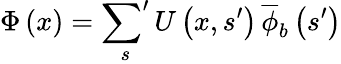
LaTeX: \begin{array}{r}{\Phi\left(x\right)=\displaystyle\sideset{}{'}\sum_{s}U\left(x,s^{\prime}\right)\, \overline{{\phi}}_{b}\left(s^{\prime}\right)}\end{array}